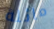
مائلة